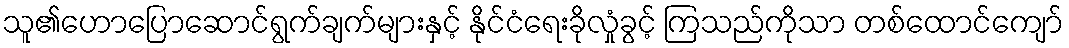
သူ၏ဟောပြောဆောင်ရွက်ချက်များနှင့် နိုင်ငံရေးခိုလှုံခွင့် ကြသည်ကိုသာ တစ်ထောင်ကျော်